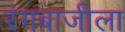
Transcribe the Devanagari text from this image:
रंगबाजीला